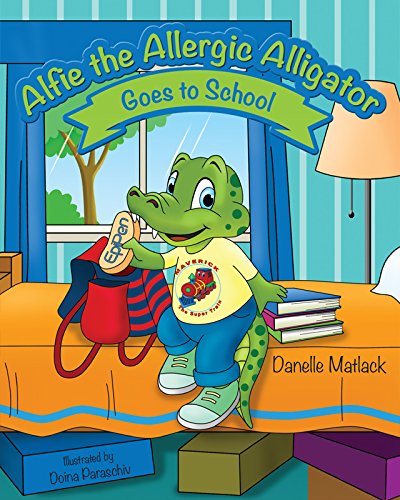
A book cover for Alfie the Allergic Alligator Goes to School; Danelle Matlack; Children's Books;